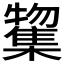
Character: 𭬲